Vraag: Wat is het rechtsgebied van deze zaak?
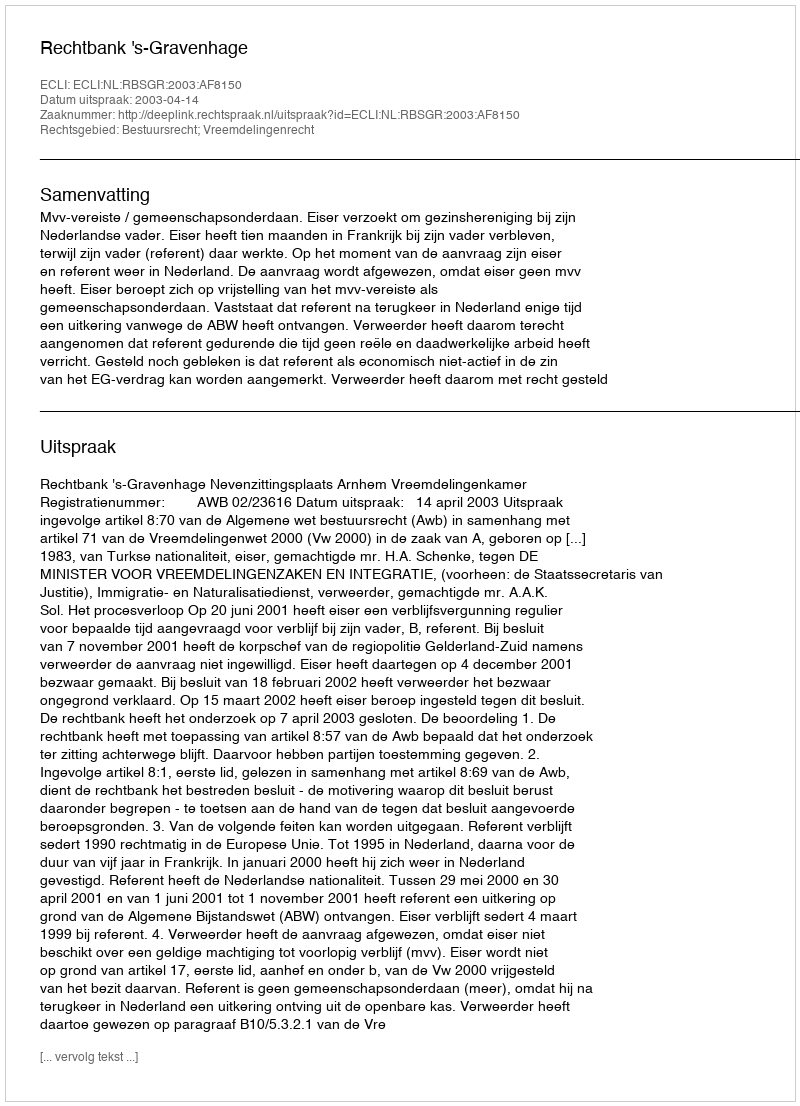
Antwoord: Bestuursrecht; Vreemdelingenrecht